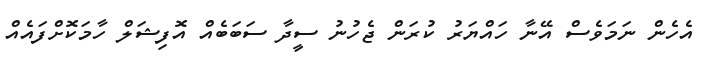
އެހެން ނަމަވެސް އޭނާ ހައްޔަރު ކުރަން ޖެހުނު ސީދާ ސަބަބެއް އޮފިޝަލް ހާމަކޮށްފައެއް